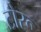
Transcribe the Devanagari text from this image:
टोरू